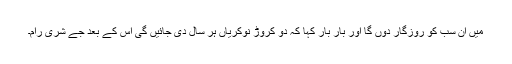
میں ان سب کو روزگار دوں گا اور بار بار کہا کہ دو کروڑ نوکریاں ہر سال دی جائیں گی اس کے بعد جے شری رام۔